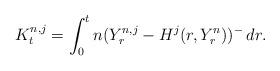
LaTeX: \begin{align*}K^{n,j}_t=\int_0^tn(Y^{n,j}_r-H^j(r,Y^n_r))^-\,dr.\end{align*}